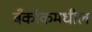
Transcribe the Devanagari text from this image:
बँकॉकमधील